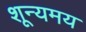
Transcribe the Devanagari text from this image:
शून्यमय